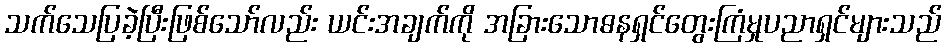
သက်သေပြခဲ့ပြီးဖြစ်သော်လည်း ယင်းအချက်ကို အခြားသောဓနရှင်တွေးကြံမှုပညာရှင်များသည်